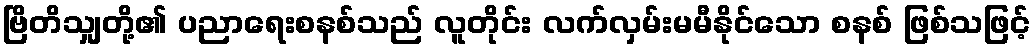
ဗြိတိသျှတို့၏ ပညာရေးစနစ်သည် လူတိုင်း လက်လှမ်းမမီနိုင်သော စနစ် ဖြစ်သဖြင့်